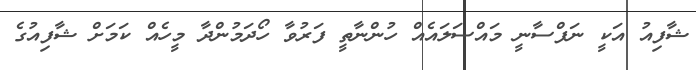
ޝާފިއު އަކީ ނަފްސާނީ މައްސަލައެއް ހުންނާތީ ފަރުވާ ހޯދަމުންދާ މީހެއް ކަމަށް ޝާފިއުގެ